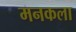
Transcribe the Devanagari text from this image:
मनकला